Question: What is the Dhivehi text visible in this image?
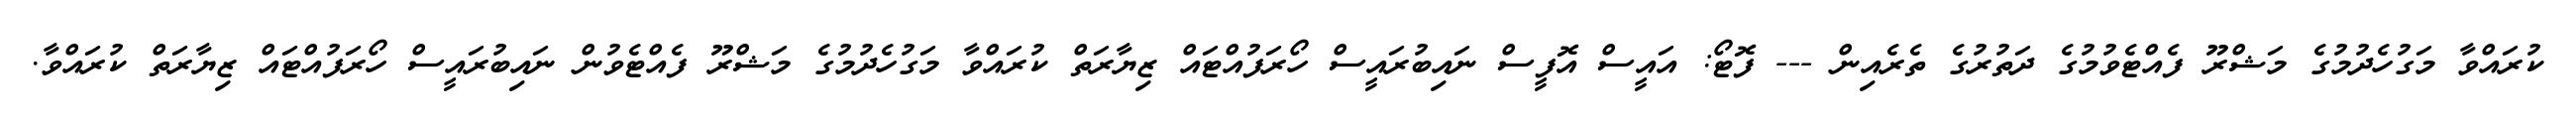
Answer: ކުރައްވާ މަގުހެދުމުގެ މަޝްރޫ ފެއްޓެވުމުގެ ދަތުރުގެ ތެރެއިން --- ފޮޓޯ: އައީސް އޮފީސް ނައިބުރައީސް ހޯރަފުއްޓައް ޒިޔާރަތް ކުރައްވާ މަގުހެދުމުގެ މަޝްރޫ ފެއްޓެވުން ނައިބުރައީސް ހޯރަފުއްޓައް ޒިޔާރަތް ކުރައްވާ.